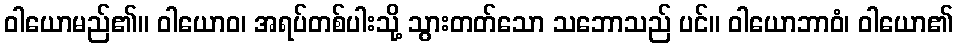
ဝါယောမည်၏။ ဝါယောဝ၊ အရပ်တစ်ပါးသို့ သွားတတ်သော သဘောသည် ပင်။ ဝါယောဘာဝံ၊ ဝါယော၏